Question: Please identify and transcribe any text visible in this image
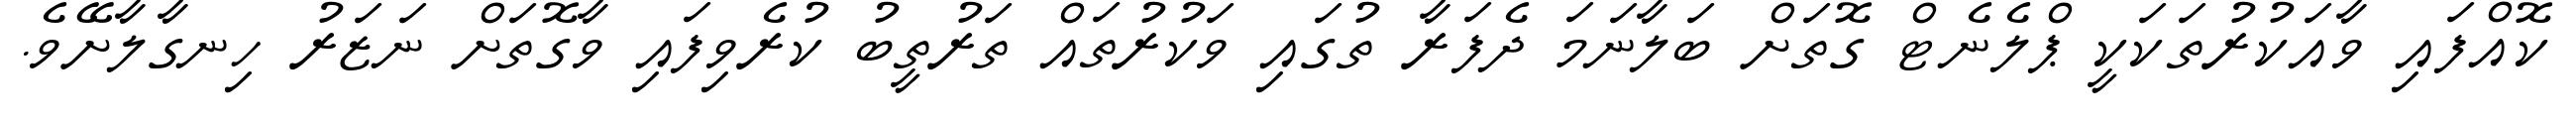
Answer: ކޮއްފައި ވާއަކުރުތަކަކީ ޕްލެނެޓް ގޮތަށް ބަލާނަމަ ދެފަރާ ތުގައި ވަކުރުތައް ތަރުތީބު ކުރެވިފައި ވާގޮތަށް ނަޒަރު ހިނގާލާށޭވެ.